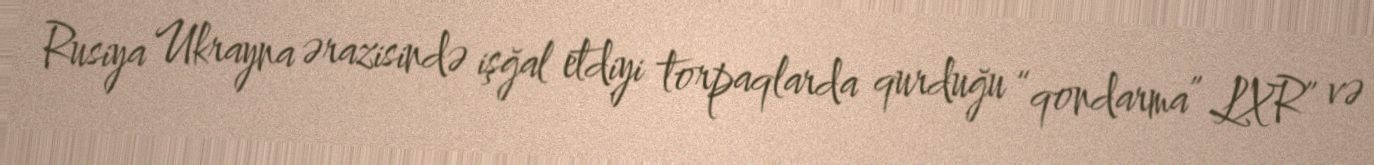
Rusiya Ukrayna ərazisində işğal etdiyi torpaqlarda qurduğu “qondarma” LXR” və